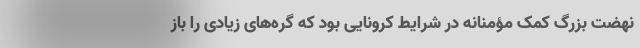
نهضت بزرگ کمک مؤمنانه در شرایط کرونایی بود که گره‌های زیادی را باز